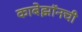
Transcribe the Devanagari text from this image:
काबेझॉनची